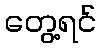
တွေ့ရင်